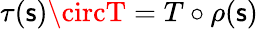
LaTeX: \tau(\mathsf{s})\circT=T\circ\rho(\mathsf{s})